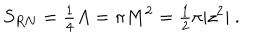
S _ { R N } = { \textstyle \frac { 1 } { 4 } } A = \pi M ^ { 2 } = { \textstyle \frac { 1 } { 2 } } \pi | z ^ { 2 } | \ .